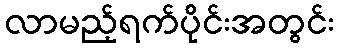
လာမည့်ရက်ပိုင်းအတွင်း